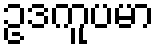
ဥဒကူပမာ